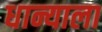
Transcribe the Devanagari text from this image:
धान्याला